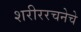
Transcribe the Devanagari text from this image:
शरीररचनेचे